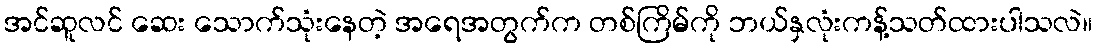
အင်ဆူလင် ဆေး သောက်သုံးနေတဲ့ အရေအတွက်က တစ်ကြိမ်ကို ဘယ်နှလုံးကန့်သတ်ထားပါသလဲ။